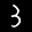
Label: 3